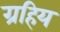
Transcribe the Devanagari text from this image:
ग्रहिय